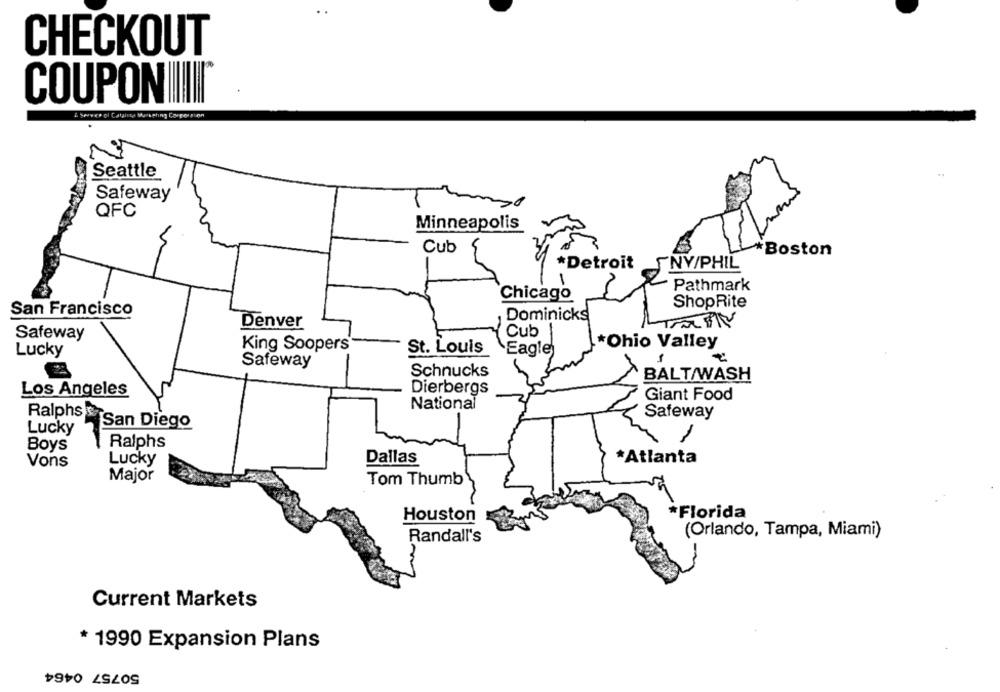
CHECKOUT
COUPON III
N
Seattle
Safeway
QFC
Minneapolis
Cub
*Boston
*Detroit
FNY/PHIL
-
Pathmark
Chicago
ShopRite
San Francisco
Dominicks
Denver
Safeway
Cub
*Ohio Valley
Lucky
King Soopers
St. Louis
Eagle
Safeway
Schnucks
BALT/WASH
Los Angeles
Dierbergs
Giant Food
National
Ralphss
Safeway
San Diego
Lucky
Boys
Ralphs
Vons
Lucky
Dallas
*Atlanta
Major
Tom Thumb
Houston
*Florida
Randall's
(Orlando, Tampa, Miami)
Current Markets
* 1990 Expansion Plans
50757 0464